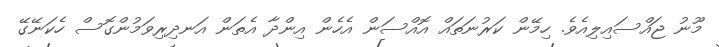
މޫނު ޖައްސައިލިއެވެ. ހިމޭން ކަރުނަތައް އޮއްސަން އެހެން އިންދާ އެތަން އަނދިރިވަމުންގޮސް ހެކަނޭގޭ